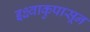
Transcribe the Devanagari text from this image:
इक्ष्वाकुपासून